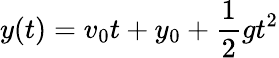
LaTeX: y(t)=v_{0}t+y_{0}+{\frac{1}{2}}gt^{2}